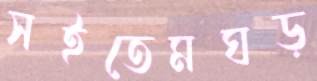
সইতেমঘড়